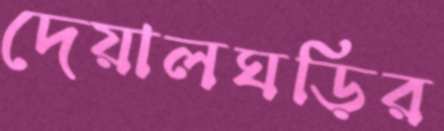
দেয়ালঘড়ির